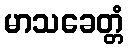
မာသခေတ္တံ